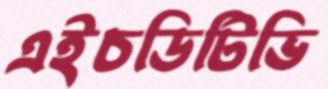
এইচডিটিভি